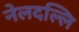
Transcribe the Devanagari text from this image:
नेलदल्लि